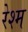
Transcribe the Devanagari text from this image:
रेश्म